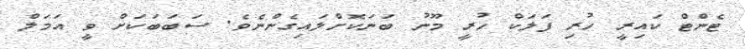
ޓެންޓް ކައިރީ ހުރި ފަލަކް ހުރީ މޫނު ބަނަކޮށްލައިގެންނެވެ. ސަބަބަކަށް ވީ އަމަލް